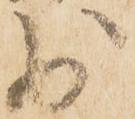
少